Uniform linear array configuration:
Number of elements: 12
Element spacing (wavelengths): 1
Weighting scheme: blackman
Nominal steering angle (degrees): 15
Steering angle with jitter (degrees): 15.337
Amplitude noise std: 0.05
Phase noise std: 0.05

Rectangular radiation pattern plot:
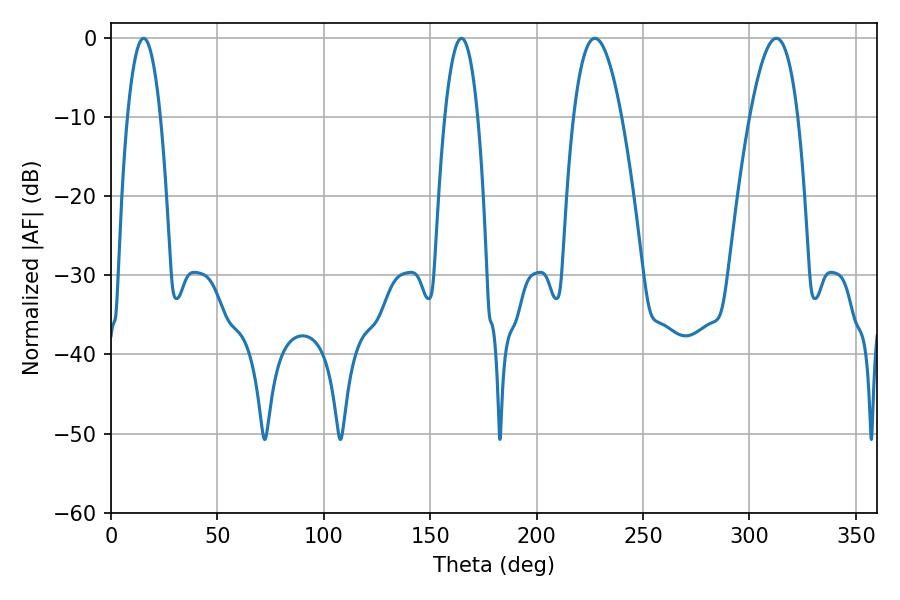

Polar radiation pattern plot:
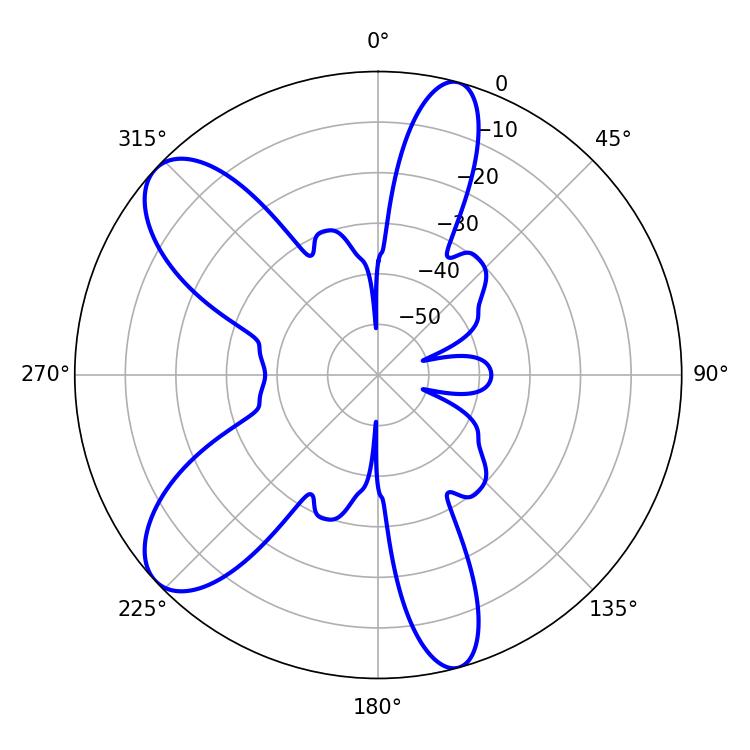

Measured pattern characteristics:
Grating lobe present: TRUE
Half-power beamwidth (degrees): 12.42
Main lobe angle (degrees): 227.34